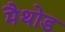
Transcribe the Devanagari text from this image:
मैथोड